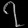
Digit: ၇